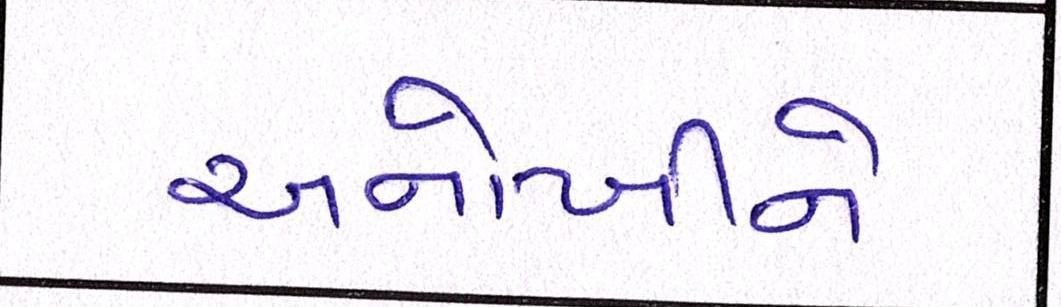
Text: અનોખીને